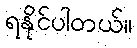
ရနိုင်ပါတယ်။